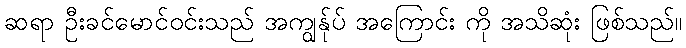
ဆရာ ဦးခင်မောင်ဝင်းသည် အကျွန်ုပ် အကြောင်း ကို အသိဆုံး ဖြစ်သည်။